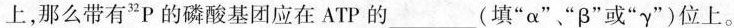
上，那么带有^{32}P的磷酸基团应在ATP的____(填”α””β”或”γ”)位上。